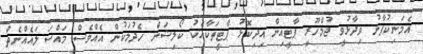
އެމަނިކުފާނު ވިދާޅުވީ ޖުމްހޫރީ ޕާޓީއިން އިދިކޮޅު ޕާޓީތަކާއެކު ކޯލިޝަން ހެދުމަކުން އެއްވެސް މައްސަލައެއްނެތް